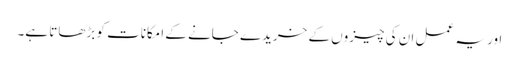
اور یہ عمل ان کی چیزوں کے خریدے جانے کے امکانات کو بڑھاتا ہے۔